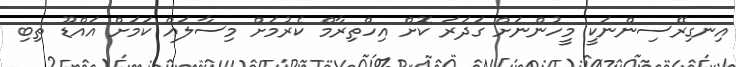
އިނގިރޭސިންނަކީ މީހުންނަށް ގަދަރަ ކޮށް އިހްތިރާމް ކެރުމަށް މިސާލައް ކަމަށް އައްޑޫ ތިބި